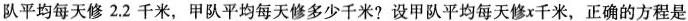
队平均每天修2.2千米，甲队平均每天修多少千米?设甲队平均每天修x千米，正确的方程是